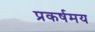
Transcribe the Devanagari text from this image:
प्रकर्षमय